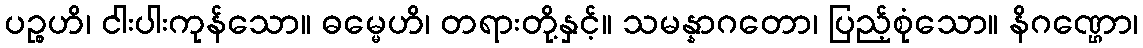
ပဉ္စဟိ၊ ငါးပါးကုန်သော။ ဓမ္မေဟိ၊ တရားတို့နှင့်။ သမန္နာဂတော၊ ပြည့်စုံသော။ နိဂဏ္ဌော၊